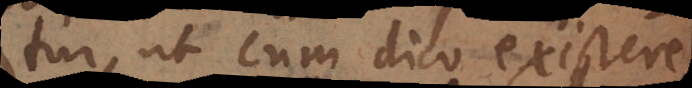
tur, ut cum dico exister